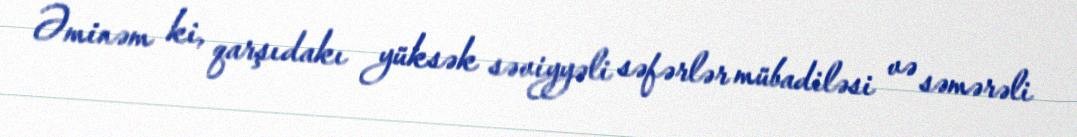
Əminəm ki, qarşıdakı yüksək səviyyəli səfərlər mübadiləsi və səmərəli